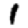
Digit: 1